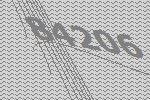
84206